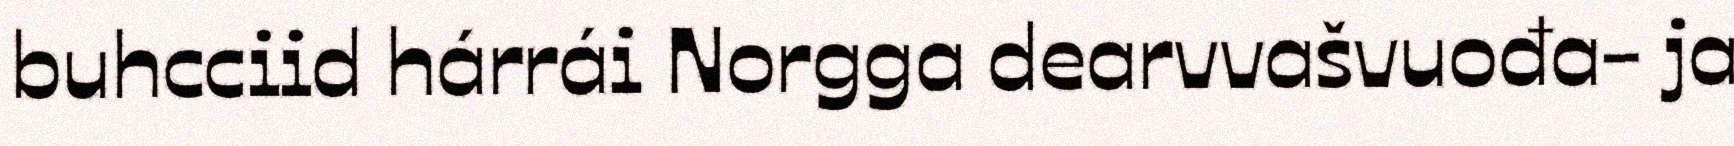
buhcciid hárrái Norgga dearvvašvuođa- ja